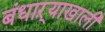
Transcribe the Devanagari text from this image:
बंधाऱ्याखाली